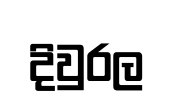
දිවුරල